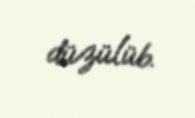
düzülüb.